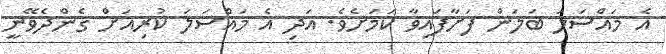
އެ މައްސަލަ ބަލަން ފަށާފައިވާ ކަމަށެވެ. އަދި އެ މައްސަލަ ކުރިއަށް ގެންދެވޭނީ